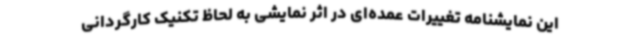
این نمایشنامه تغییرات عمده‌ای در اثر نمایشی به لحاظ تکنیک کارگردانی